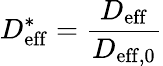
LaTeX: D_{\mathrm{eff}}^{*}=\frac{D_{\mathrm{eff}}}{D_{\mathrm{eff,0}}}